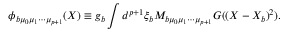
\phi _ { b \mu _ { 0 } \mu _ { 1 } \cdots \mu _ { p + 1 } } ( X ) \equiv g _ { b } \int d ^ { p + 1 } \xi _ { b } M _ { b \mu _ { 0 } \mu _ { 1 } \cdots \mu _ { p + 1 } } G ( ( X - X _ { b } ) ^ { 2 } ) .